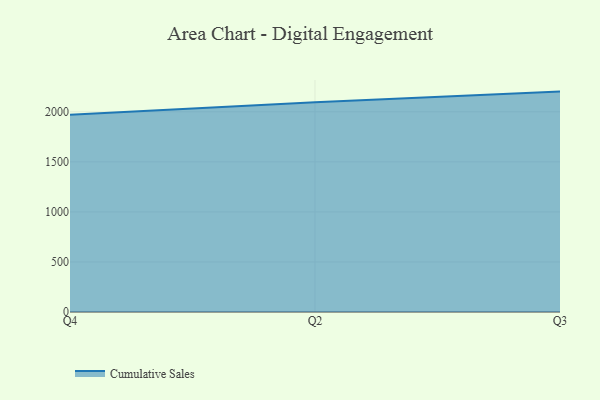
{"axis": {"x": "Quarter", "y": "Gross Profit (USD K)"}, "legend": ["Cumulative Sales"], "data": [{"x": "Q4", "y": 1971.0, "type": "Cumulative Sales"}, {"x": "Q2", "y": 2095.4, "type": "Cumulative Sales"}, {"x": "Q3", "y": 2201.5, "type": "Cumulative Sales"}]}